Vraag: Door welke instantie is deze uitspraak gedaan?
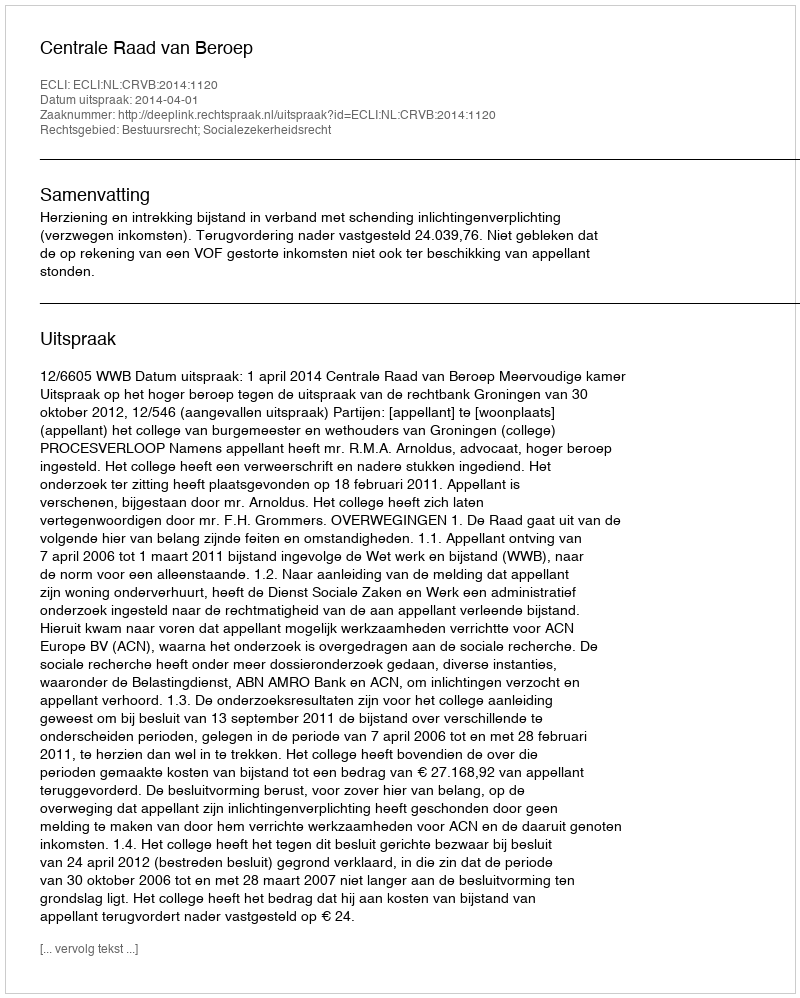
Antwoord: Centrale Raad van Beroep